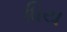
ધિય